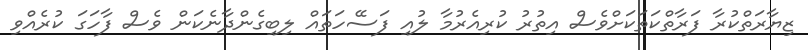
ޒިޔާރަތްކުރާ ފަރާތްކަތަކަށްވެސް އިތުރު ކުރިއެރުމާ ލުއި ފަސޭހަތައް ލިބިގެންދާނެކަން ވެސް ފާހަގަ ކުރެއްވި